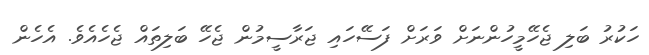
ހަކުރު ބަލި ޖެހޭމީހުންނަށް ވަރަށް ފަސޭހައި ޖަރާސީމުން ޖެހޭ ބަލިތައް ޖެހެއެވެ. އެހެން